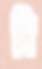
সি